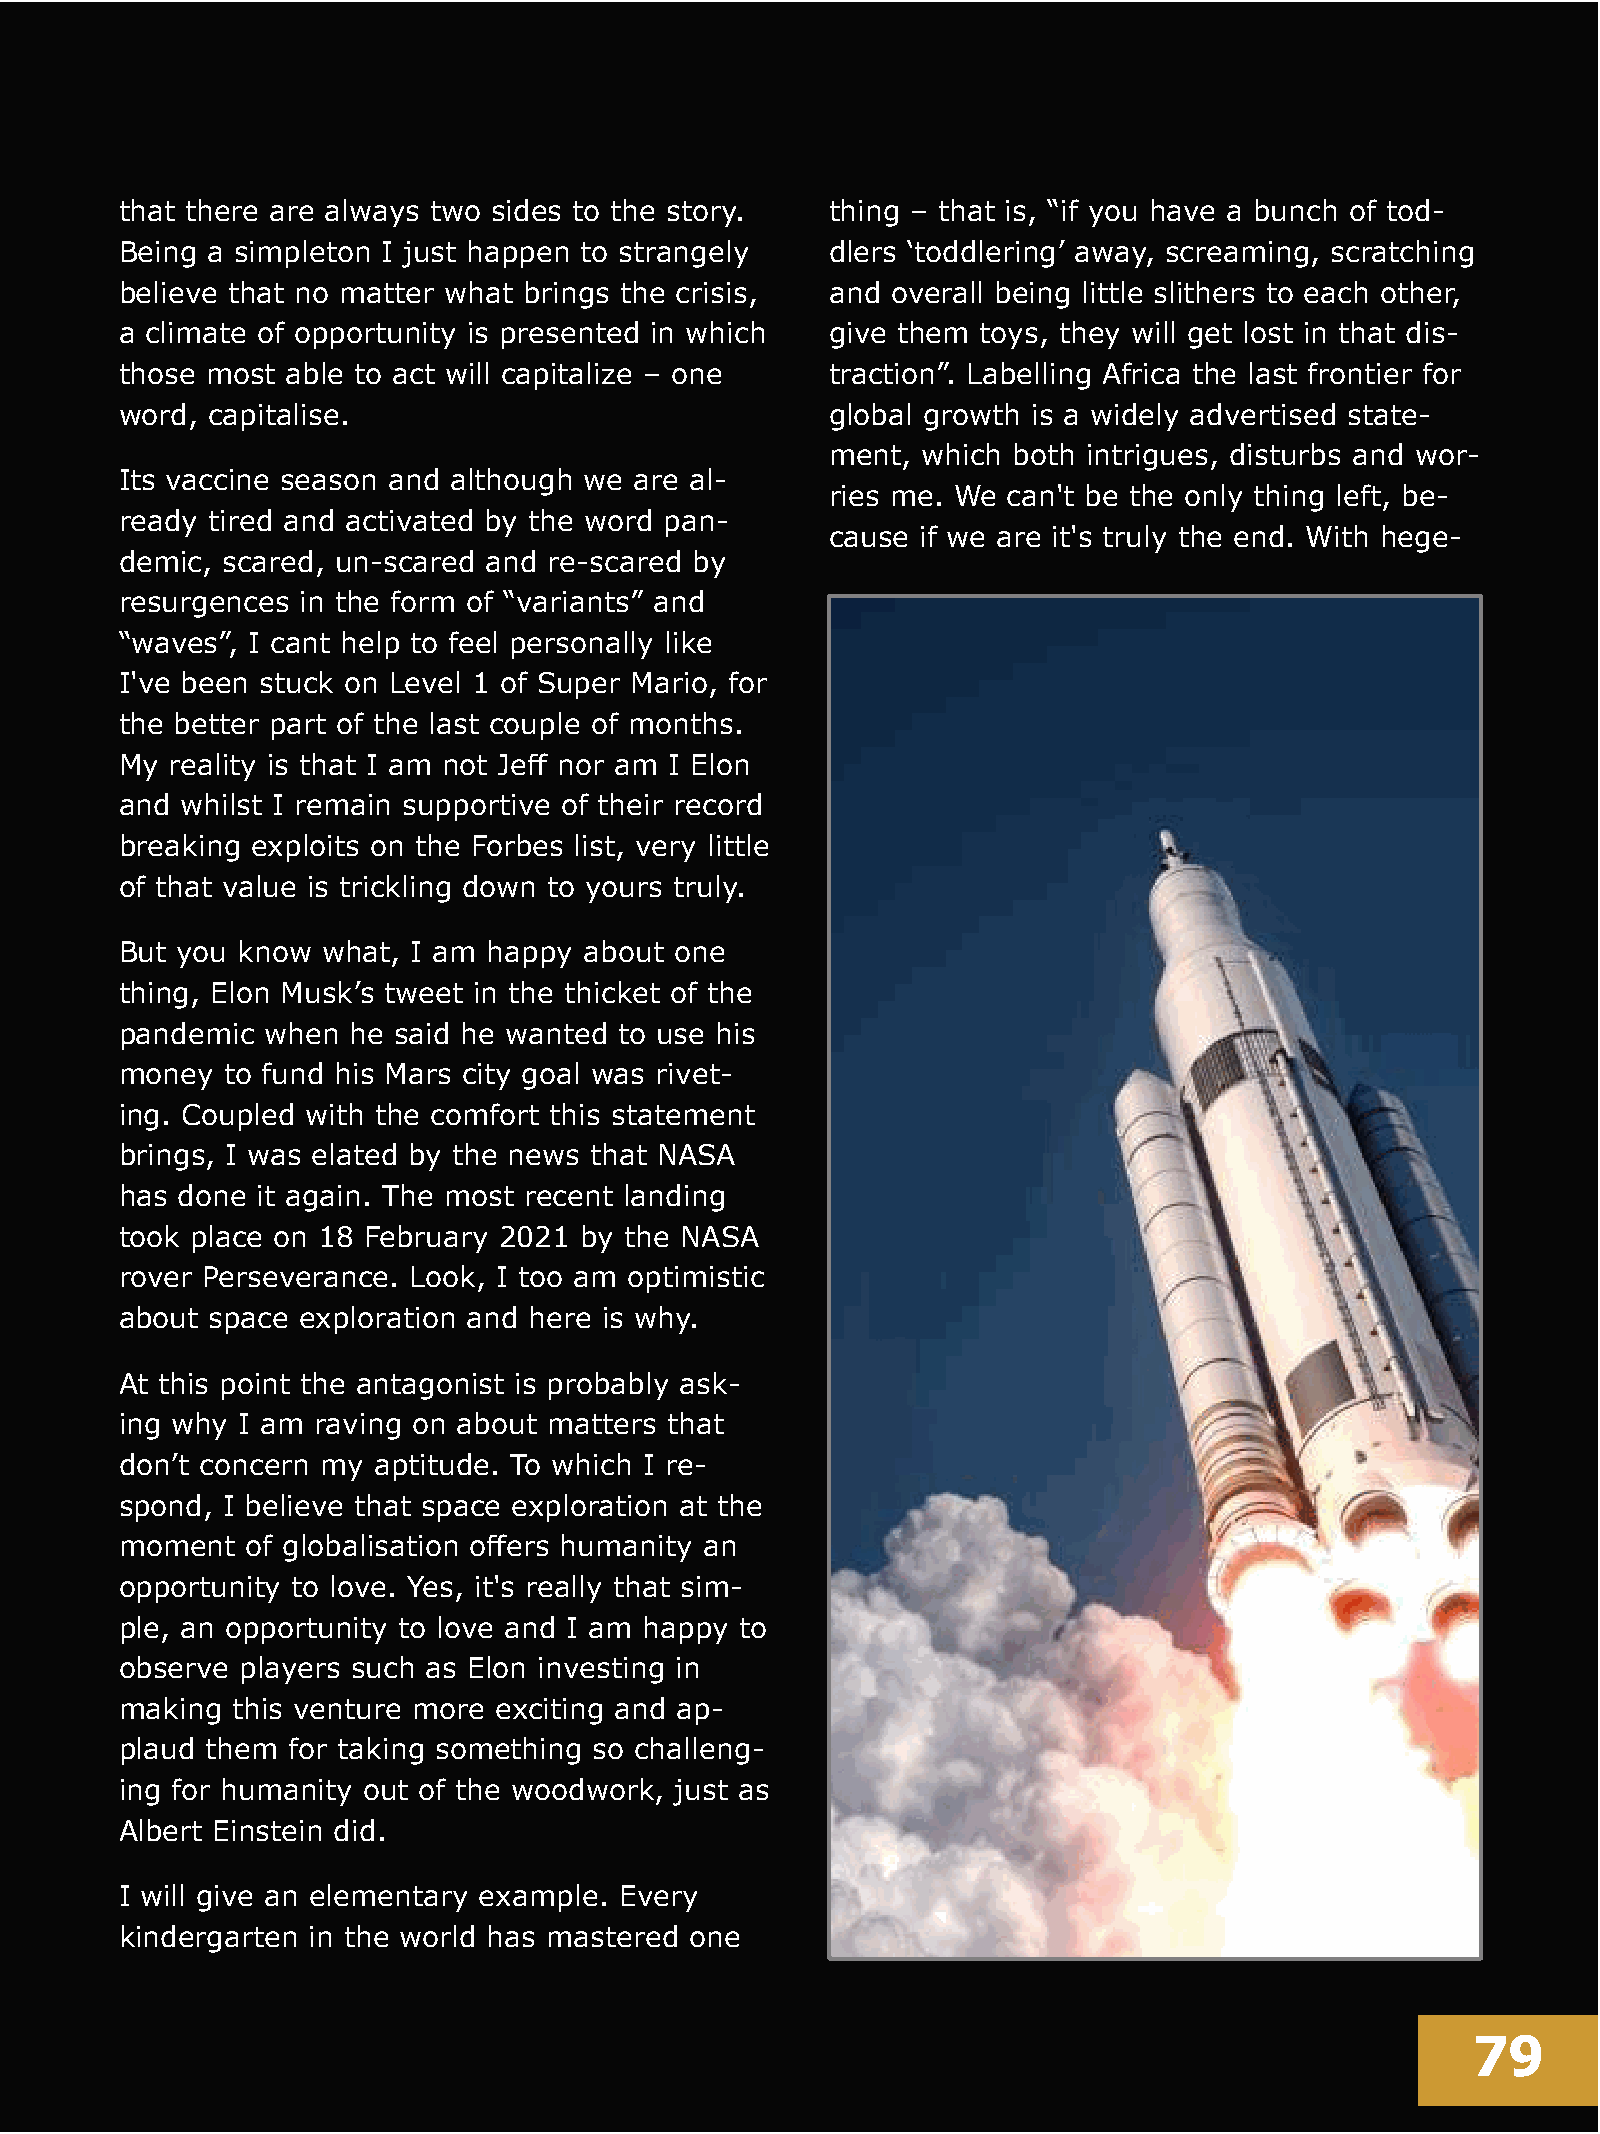
Jambo   Africa Online - Vol.6, March 2021
 that there are always two sides to the story.  thing – that is, “if you have a bunch of tod-
 Being a simpleton I just happen to strangely   dlers ‘toddlering’ away, screaming, scratching
 believe that no matter what brings the crisis, and overall being little slithers to each other,
 a climate of opportunity is presented in which give them toys, they will get lost in that dis-
 those most able to act will capitalize – one   traction”. Labelling Africa the last frontier for
 word, capitalise.                              global growth is a widely advertised state-
 ment, which both intrigues, disturbs and wor-
 Its vaccine season and although we are al-
 ries me. We can't be the only thing left, be-
 ready tired and activated by the word pan-
 cause if we are it's truly the end. With hege-
 demic, scared, un-scared and re-scared by
 resurgences in the form of “variants” and
 “waves”, I cant help to feel personally like
 I've been stuck on Level 1 of Super Mario, for
 the better part of the last couple of months.
 My reality is that I am not Jeff nor am I Elon
 and whilst I remain supportive of their record
 breaking exploits on the Forbes list, very little
 of that value is trickling down to yours truly.
 But you know what, I am happy  about one
 thing, Elon Musk’s tweet in the thicket of the
 pandemic  when he said he wanted to use his
 money  to fund his Mars city goal was rivet-
 ing. Coupled with the comfort this statement
 brings, I was elated by the news that NASA
 has done it again. The most recent landing
 took place on 18 February 2021 by the NASA
 rover Perseverance. Look, I too am optimistic
 about space exploration and here is why.
 At this point the antagonist is probably ask-
 ing why I am raving on about matters that
 don’t concern my aptitude. To which I re-
 spond, I believe that space exploration at the
 moment  of globalisation offers humanity an
 opportunity to love. Yes, it's really that sim-
 ple, an opportunity to love and I am happy to
 observe players such as Elon investing in
 making this venture more exciting and ap-
 plaud them for taking something so challeng-
 ing for humanity out of the woodwork, just as
 Albert Einstein did.
 I will give an elementary example. Every
 kindergarten in the world has mastered one
 79